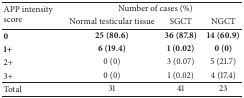
| <ROWSPAN=2> APP intensity score | <COLSPAN=3> Number of cases (%) |
 | Normal testicular tissue | SGCT | NGCT |
 | --- | --- | --- | --- |
 | 0 | 25 (80.6) | 36 (87.8) | 14 (60.9) |
 | 1+ | 6 (19.4) | 1 (0.02) | 0 (0) |
 | 2+ | 0 (0) | 3 (0.07) | 5 (21.7) |
 | 3+ | 0 (0) | 1 (0.02) | 4 (17.4) |
 | Total | 31 | 41 | 23 |